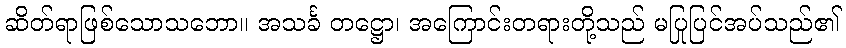
ဆိတ်ရာဖြစ်သောသဘော။ အသင်္ခ တဋ္ဌော၊ အကြောင်းတရားတို့သည် မပြုပြင်အပ်သည်၏